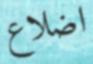
اضلاع